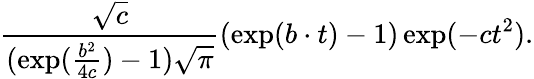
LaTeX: \frac{\sqrt{c}}{(\exp(\frac{b^{2}}{4c})-1)\sqrt{\pi}}\left(\exp(b\cdot t)-1\right)\exp(-ct^{2}).